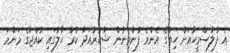
އެ ފުލުސްމީހާއަށް ހިތުގެ އެންމެ ފުންމިނުން ޝުކުރުއަދާ ކުރާ ޙާލުގައި ކުއްޖާގެ މަންމަ